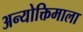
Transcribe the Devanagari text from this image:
अन्योक्तिमाला